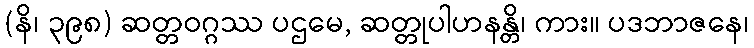
(နိ၊ ၃၉၈) ဆတ္တဝဂ္ဂဿ ပဌမေ, ဆတ္တုပါဟနန္တိ၊ ကား။ ပဒဘာဇနေ၊